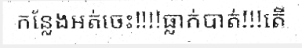
កន្លែងអត់ចេះ!!!!ធ្លាក់បាត់!!!តើ